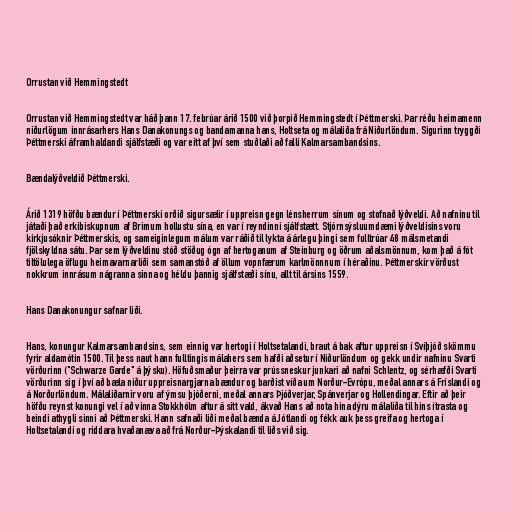
Orrustan við Hemmingstedt

Orrustan við Hemmingstedt var háð þann 17. febrúar árið 1500 við þorpið Hemmingstedt í Þéttmerski. Þar réðu heimamenn
niðurlögum innrásarhers Hans Danakonungs og bandamanna hans, Holtseta og málaliða frá Niðurlöndum. Sigurinn tryggði
Þéttmerski áframhaldandi sjálfstæði og var eitt af því sem stuðlaði að falli Kalmarsambandsins.

Bændalýðveldið Þéttmerski.

Árið 1319 höfðu bændur í Þéttmerski orðið sigursælir í uppreisn gegn lénsherrum sínum og stofnað lýðveldi. Að nafninu til
játaði það erkibiskupnum af Brimum hollustu sína, en var í reyndinni sjálfstætt. Stjórnsýsluumdæmi lýðveldisins voru
kirkjusóknir Þéttmerskis, og sameiginlegum málum var ráðið til lykta á árlegu þingi sem fulltrúar 48 málsmetandi
fjölskyldna sátu. Þar sem lýðveldinu stóð stöðug ógn af hertoganum af Steinburg og öðrum aðalsmönnum, kom það á fót
tiltölulega öflugu heimavarnarliði sem samanstóð af öllum vopnfærum karlmönnnum í héraðinu. Þéttmerskir vörðust
nokkrum innrásum nágranna sinna og héldu þannig sjálfstæði sínu, allt til ársins 1559.

Hans Danakonungur safnar liði.

Hans, konungur Kalmarsambandsins, sem einnig var hertogi í Holtsetalandi, braut á bak aftur uppreisn í Svíþjóð skömmu
fyrir aldamótin 1500. Til þess naut hann fulltingis málahers sem hafði aðsetur í Niðurlöndum og gekk undir nafninu Svarti
vörðurinn ("Schwarze Garde" á þýsku). Höfuðsmaður þeirra var prússneskur junkari að nafni Schlentz, og sérhæfði Svarti
vörðurinn sig í því að bæla niður uppreisnargjarna bændur og barðist víða um Norður-Evrópu, meðal annars á Fríslandi og
á Norðurlöndum. Málaliðarnir voru af ýmsu þjóðerni, meðal annars Þjóðverjar, Spánverjar og Hollendingar. Eftir að þeir
höfðu reynst konungi vel í að vinna Stokkhólm aftur á sitt vald, ákvað Hans að nota hina dýru málaliða til hins ítrasta og
beindi athygli sinni að Þéttmerski. Hann safnaði liði meðal bænda á Jótlandi og fékk auk þess greifa og hertoga í
Holtsetalandi og riddara hvaðanæva að frá Norður-Þýskalandi til liðs við sig.